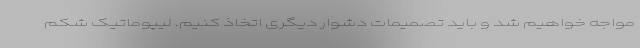
مواجه خواهیم شد و باید تصمیمات دشوار دیگری اتخاذ کنیم. ليپوماتيک شكم